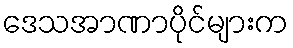
ဒေသအာဏာပိုင်များက